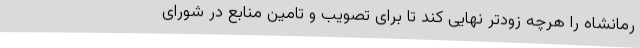
رمانشاه را هرچه زودتر نهایی کند تا برای تصویب و تامین منابع در شورای